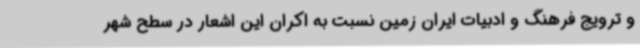
و ترویج فرهنگ و ادبیات ایران زمین نسبت به اکران این اشعار در سطح شهر